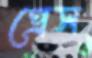
প্রেস